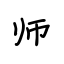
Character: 师